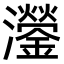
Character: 灐